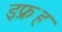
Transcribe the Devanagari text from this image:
इफ्रह